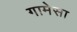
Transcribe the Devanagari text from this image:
गामेसा